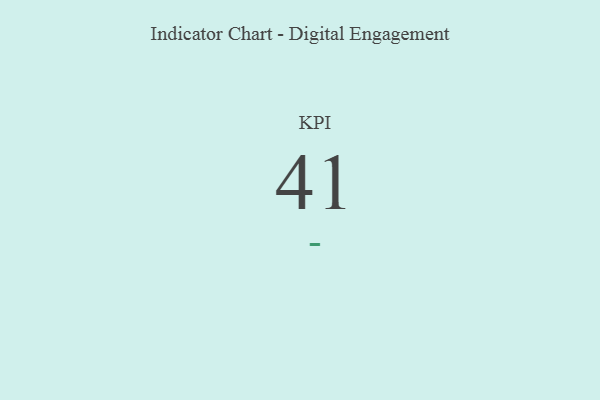
{"axis": {"x": "KPI", "y": "Value"}, "legend": [""], "data": [{"x": "KPI", "y": 41, "type": ""}]}